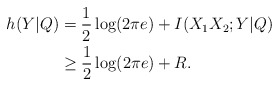
\begin{align*}h(Y|Q)&=\frac{1}{2}\log(2\pi e)+I(X_1X_2;Y|Q)\\&\geq\frac{1}{2}\log(2\pi e)+R.\end{align*}